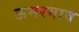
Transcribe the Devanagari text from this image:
ऊमरगाव